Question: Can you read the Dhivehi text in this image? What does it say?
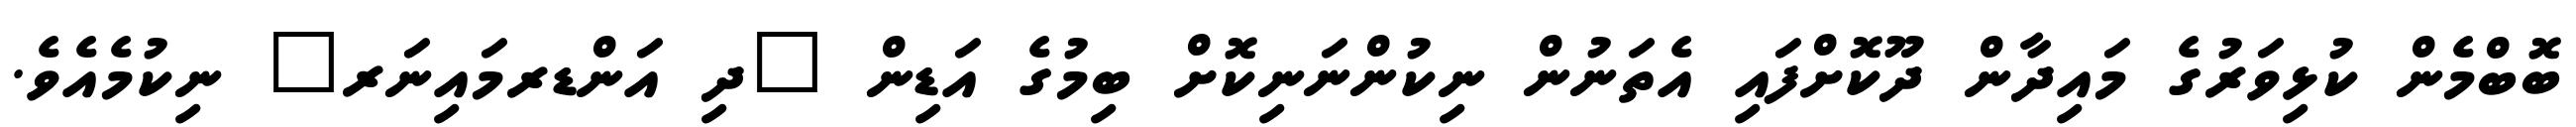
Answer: ބޮބްމެން ކުޅިވަރުގެ މައިދާން ދޫކޮށްފައި އެތަނުން ނިކުންނަނިކޮށް ބިމުގެ އަޑިން "ދި އަންޑރމައިނަރ" ނިކުމެއެވެ.